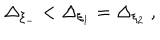
LaTeX: \Delta _ { \xi _ { - } } < \Delta _ { \xi _ { 1 } } = \Delta _ { \xi _ { 2 } } ~ ,